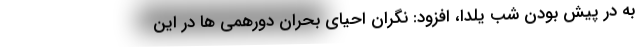
به در پیش بودن شب یلدا، افزود: نگران احیای بحران دورهمی ها در این